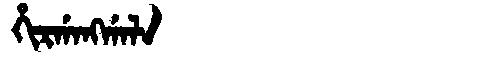
Manchu: ᡥᡳᡵᡤᠠᠩᡤᠠᠯᠠ
Romanization: HIRGANGGALA